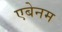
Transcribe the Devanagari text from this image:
एबेनम